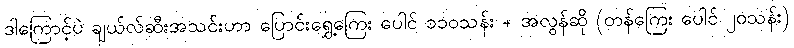
ဒါကြောင့်ပဲ ချယ်လ်ဆီးအသင်းဟာ ပြောင်းရွှေ့ကြေး ပေါင် ၁၁၀သန်း + အလွန်ဆို (တန်ကြေး ပေါင် ၂၀သန်း)